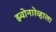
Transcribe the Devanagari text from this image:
झ्वोनारेव्हाला